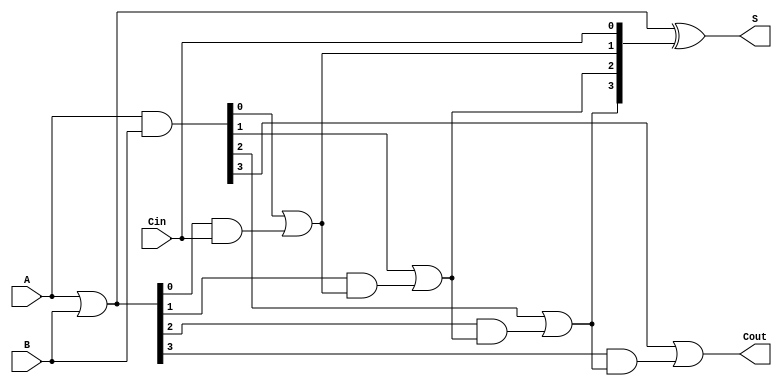
module CarryLookaheadAdder (
    input [3:0] A,        // 4-bit input A
    input [3:0] B,        // 4-bit input B
    input Cin,            // Carry-in
    output [3:0] S,       // 4-bit sum output
    output Cout           // Carry-out
);

    wire [3:0] G;         // Generate bits
    wire [3:0] P;         // Propagate bits
    wire [4:0] C;         // Carry bits (C[0] is Cin, C[4] is Cout)

    // Generate and Propagate logic
    assign G = A & B;     // Generate: G[i] = A[i] & B[i]
    assign P = A | B;     // Propagate: P[i] = A[i] | B[i]

    // Carry generation using lookahead logic
    assign C[0] = Cin;    // C0 is the input carry
    assign C[1] = G[0] | (P[0] & C[0]); // C1
    assign C[2] = G[1] | (P[1] & C[1]); // C2
    assign C[3] = G[2] | (P[2] & C[2]); // C3
    assign C[4] = G[3] | (P[3] & C[3]); // Cout

    // Sum calculation
    assign S = P ^ {C[3:0]}; // S[i] = P[i] ^ C[i]

    // Assign Cout
    assign Cout = C[4];

endmodule